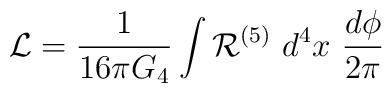
{\cal L} = {1\over 16\pi G_4}\int {\cal R}^{(5)} ~{d^4 x} ~{d\phi\over 2\pi}